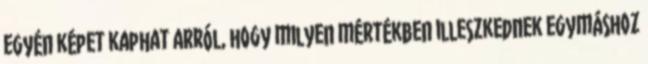
egyén képet kaphat arról, hogy milyen mértékben illeszkednek egymáshoz